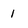
Character: 1